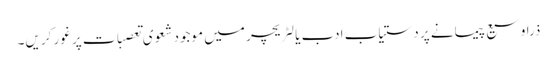
ذرا وسیع پیمانے پر دستیاب ادب یا لِٹریچر میں موجود شعوی تعصبات پر غور کریں۔